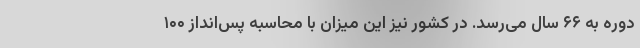
دوره به ۶۶ سال می‌رسد. در کشور نیز این میزان با محاسبه پس‌انداز ۱۰۰